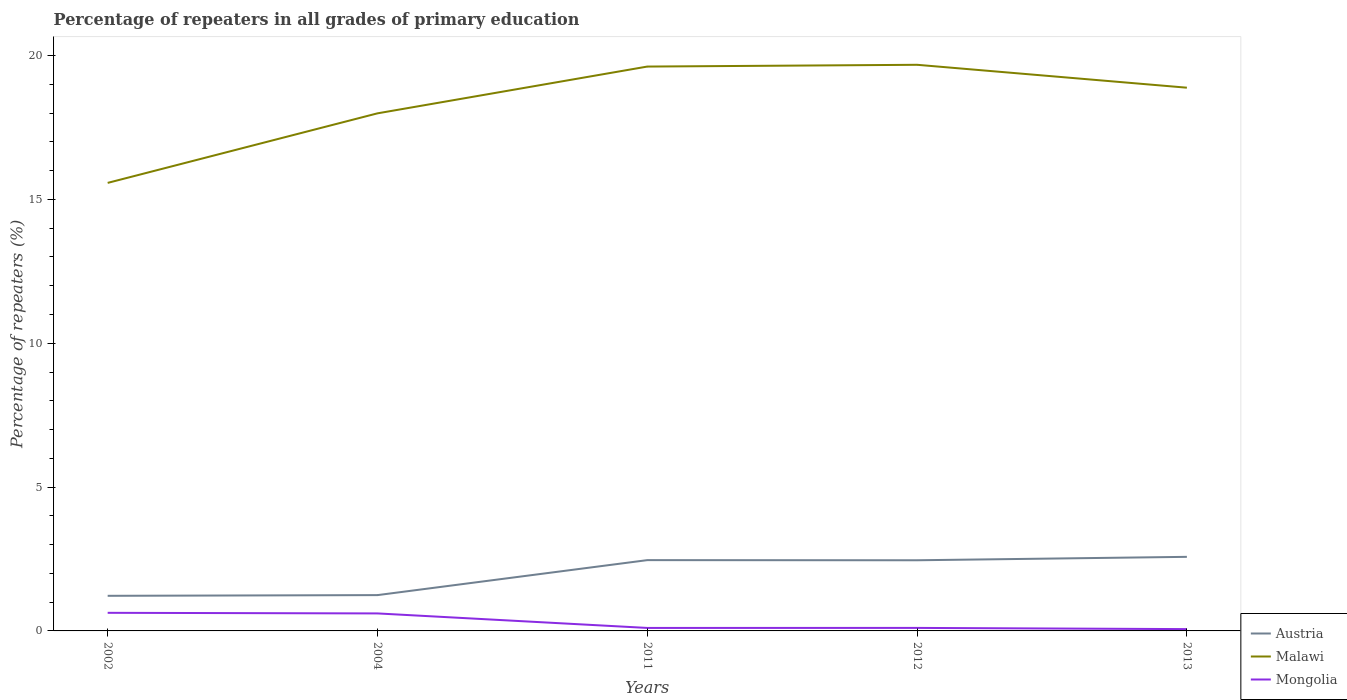
| Years | Austria | Malawi | Mongolia |
 | --- | --- | --- | --- |
 | 2002 | 1.22 | 15.6 | 0.629 |
 | 2004 | 1.24 | 18 | 0.608 |
 | 2011 | 2.46 | 19.6 | 0.104 |
 | 2012 | 2.46 | 19.7 | 0.105 |
 | 2013 | 2.57 | 18.9 | 0.0628 |